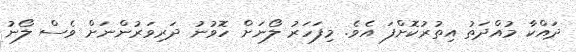
ދައްކާ މުއްދަތު އިތުރުކޮށްފަ އެވެ. މިފަހަރު ލޯނަށް ހޮވުނު ދަރިވަރުންނަށް ވެސް ލޯނު